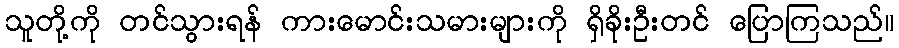
သူတို့ကို တင်သွားရန် ကားမောင်းသမားများကို ရှိခိုးဦးတင် ပြောကြသည်။